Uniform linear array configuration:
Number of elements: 48
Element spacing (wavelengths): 1
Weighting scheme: hann
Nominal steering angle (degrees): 15
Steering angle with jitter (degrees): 15.886
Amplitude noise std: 0.05
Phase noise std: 0.05

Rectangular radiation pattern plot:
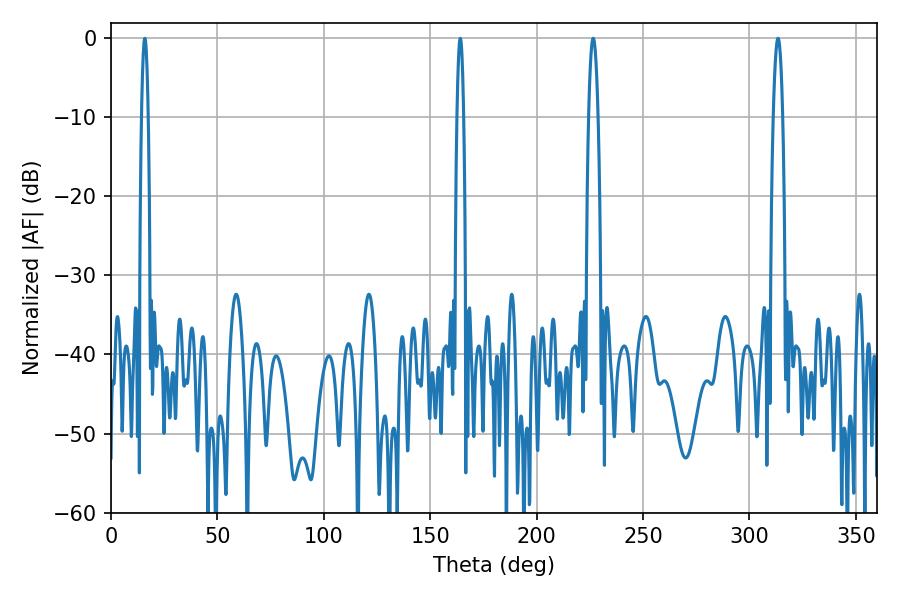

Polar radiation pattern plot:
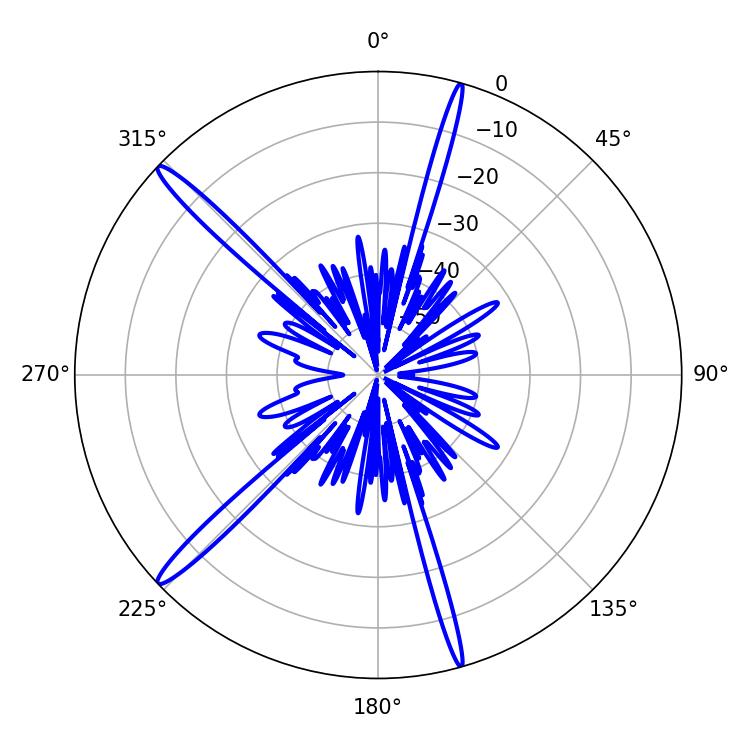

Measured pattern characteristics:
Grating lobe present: TRUE
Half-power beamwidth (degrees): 2.34
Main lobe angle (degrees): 313.38